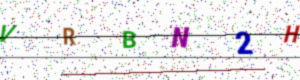
Text: VRBN2H